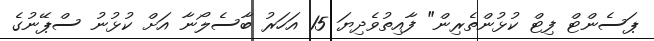
ޕަސެންޓް ފިޓް ކުޅުންތެރިން" ފާއިތުވެދިޔަ 15 އަހަރު ބާސެލޯނާ އަށް ކުޅުނު ސްޕޭނުގެ